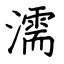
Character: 濡